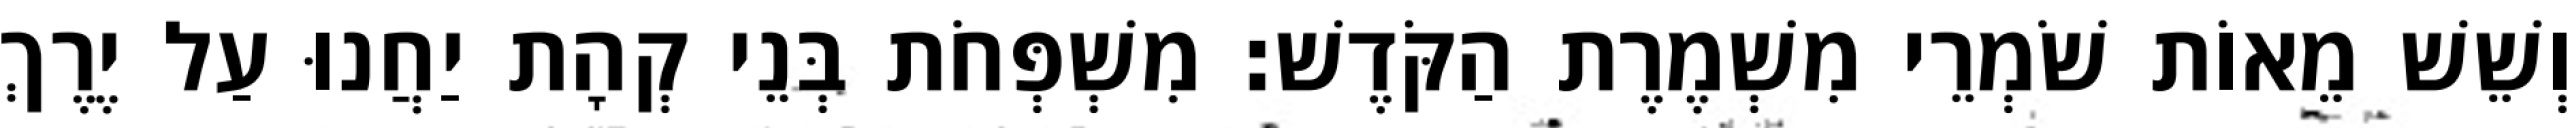
וְשֵׁשׁ מֵאוֹת שֹׁמְרֵי מִשְׁמֶרֶת הַקֹּדֶשׁ׃ מִשְׁפְּחֹת בְּנֵי קְהָת יַחֲנוּ עַל יֶרֶךְ